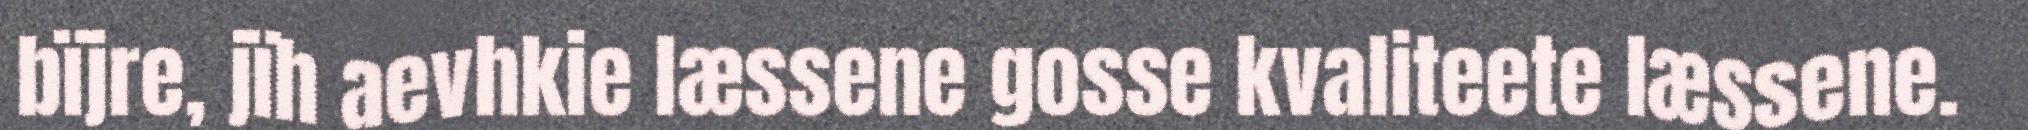
bïjre, jïh aevhkie læssene gosse kvaliteete læssene.